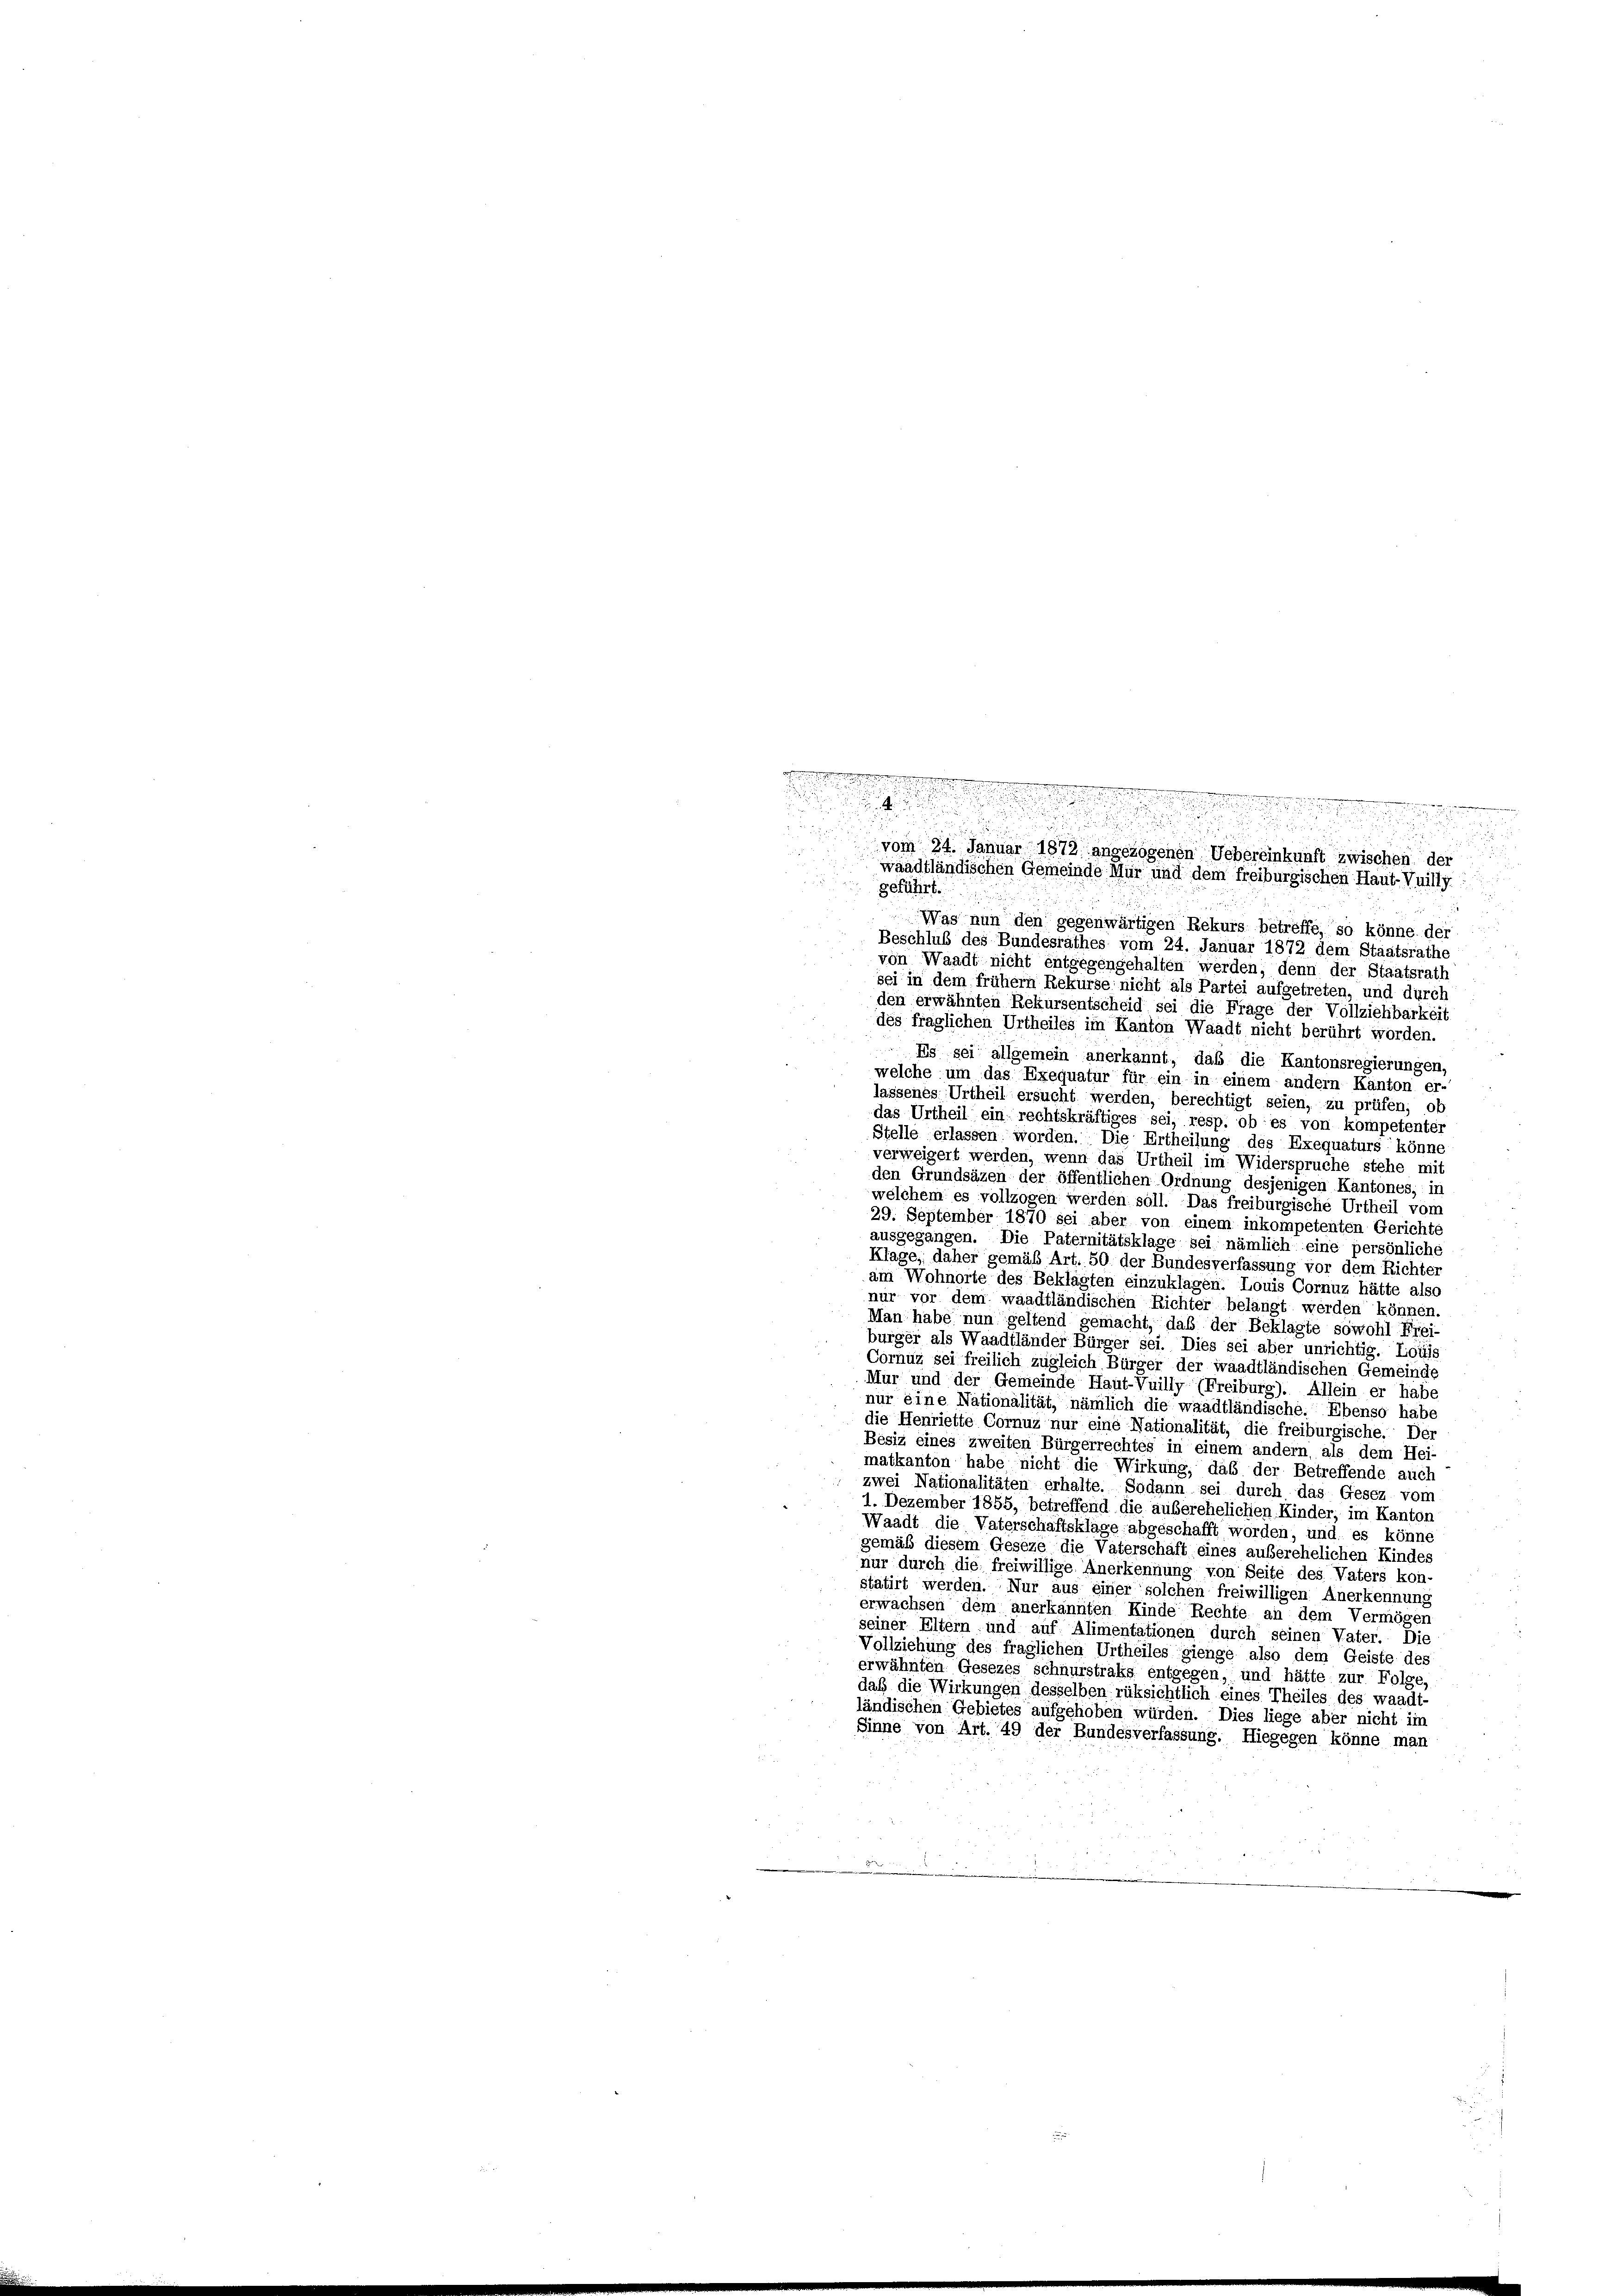
Se und er nich

n

d
waadtländischen Gemeinde Mür und dem freiburgischen Haut-Vuilly
geführt.
Was nun den gegenwärtigen Rekurs betreffe, so könne der
Beschluß des Bundesrathes vom 24. Januar 1872 dem Staatsrathe
von Waadt nicht entgegengehalten werden, denn der Staatsrath
sei in dem frühem Rekurse nicht als Partei aufgetreten, und durch
den erwähnten Rekursentscheid sei die Frage der Vollziehbarkeit.
des fraglichen Urtheiles im Kanton Waadt nicht berührt worden.
u
2
Es sei allgemein anerkannt, daß die Kantonsregierungen,
welche um das Exequatur für ein in einem andern Kanton er-
lassenes Urtheil ersucht werden, berechtigt seien, zu prüfen, ob
das Urtheil ein rechtskräftiges sei, resp. ob es von kompetenter
Stelle erlassen worden. Die Ertheilung des Exequaturs könne
verweigert werden, wenn das Urtheil im Widerspruche stehe mit
den Grundsäzen der öffentlichen Ordnung desjenigen Kantones, in
welchem es vollzogen werden soll. Das freiburgische Urtheil vom
29. September 1870 sei aber von einem inkompetenten Gerichte
ausgegangen. Die Paternitätsklage sei nämlich eine persönliche
Klage, daher gemäß Art. 50 der Bundesverfassung vor dem Richter
am Wohnorte des Beklagten einzuklagen. Louis Cornuz hätte also
nur vor dem waadtländischen Richter belangt werden können.
Man habe nun geltend gemacht, daß der Beklagte sowohl Frei-
burger als Waadtländer Bürger sei. Dies sei aber unrichtig. Louis
Cornuz sei freilich zugleich Bürger der waadtländischen Gemeinde
Mur und der Gemeinde Haut-Vuilly (Freiburg). Allein er habe
nur eine Nationalität, nämlich die waadtländische. Ebenso habe
die Henriette Cornuz nur eine Nationalität, die freiburgische. Der
Besiz eines zweiten Bürgerrechtes in einem andern, als dem Hei-
matkanton habe nicht die Wirkung, daß der Betreffende auch
zwei Nationalitäten erhalte. Sodann sei durch das Gesez vom
1. Dezember 1855, betreffend die außerehelichen Kinder, im Kanton
Waadt die Vaterschaftsklage abgeschafft worden, und es könne
gemäß diesem Geseze die Vaterschaft eines auserehelichen Kindes
nur durch die freiwillige Anerkennung von Seite des Vaters kon-
statirt werden. Nur aus einer solchen freiwilligen Anerkennung
erwachsen dem anerkannten Kinde Rechte an dem Vermögen
seiner Eltern und auf Alimentationen durch seinen Vater. Die
Vollziehung des fraglichen Urtheiles gienge also dem Geiste des
erwähnten Gesezes schnurstraks entgegen, und hätte zur Folge,
daß die Wirkungen desselben rüksichtlich eines Theiles des waadt-
ländischen Gebietes aufgehoben würden. Dies liege aber nicht im
Sinne von Art. 49 der Bundesverfassung. Hiegegen könne man

vom 24. Januar 1872 angezogenen Uebereinkunft zwischen der